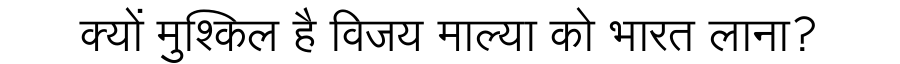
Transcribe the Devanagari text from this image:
क्यों मुश्किल है विजय माल्या को भारत लाना?